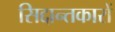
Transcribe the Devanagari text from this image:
सिद्दान्तकारों